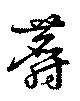
麝